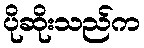
ပိုဆိုးသည်က